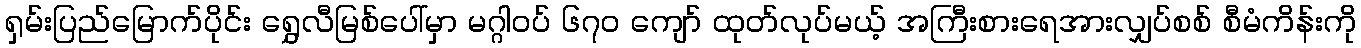
ရှမ်းပြည်မြောက်ပိုင်း ရွှေလီမြစ်ပေါ်မှာ မဂ္ဂါဝပ် ၆၇ဝ ကျော် ထုတ်လုပ်မယ့် အကြီးစားရေအားလျှပ်စစ် စီမံကိန်းကို